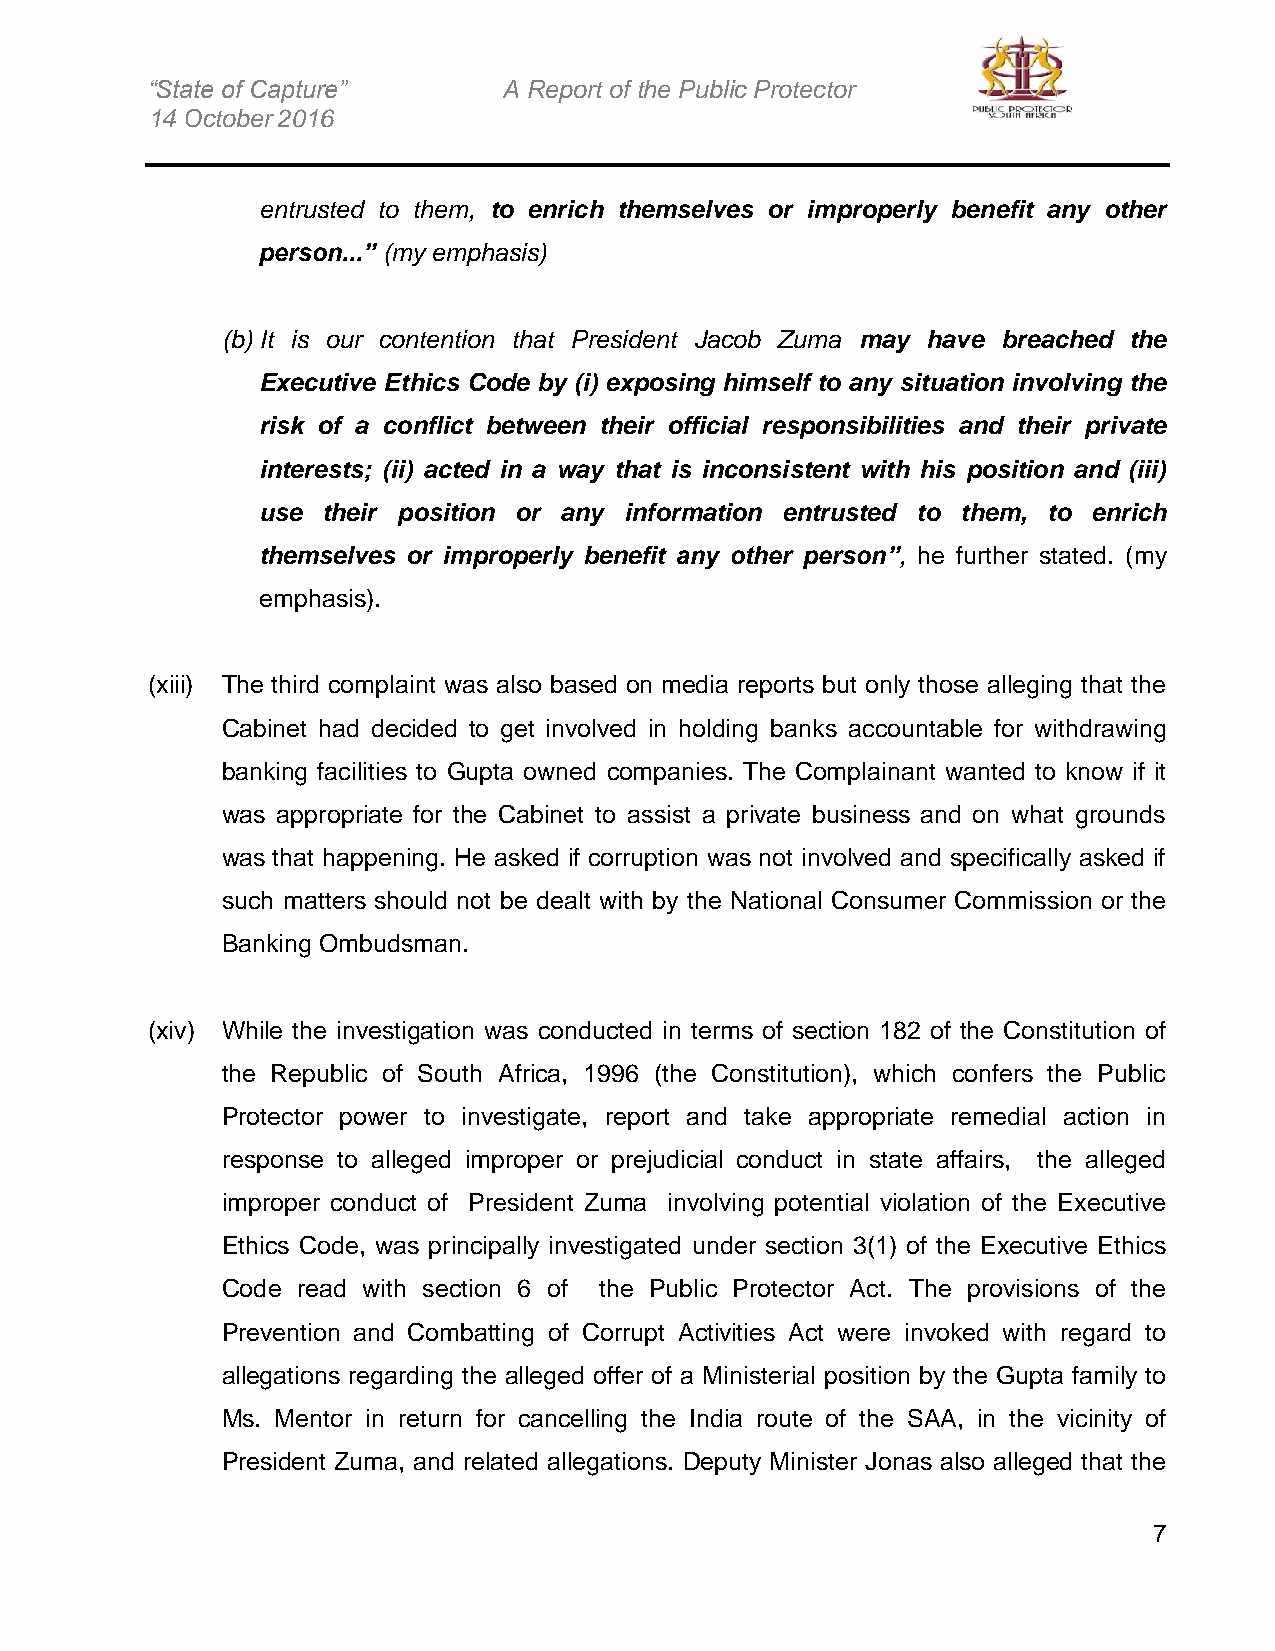
“State of Capture”     A Report of the Public Protector
 14 October 2016
 entrusted to them, to enrich themselves or improperly benefit any other
 person...” (my emphasis)
 (b) It is our contention that President Jacob Zuma may have breached the
 Executive Ethics Code by (i) exposing himself to any situation involving the
 risk of a conflict between their official responsibilities and their private
 interests; (ii) acted in a way that is inconsistent with his position and (iii)
 use their position or any information entrusted to them, to enrich
 themselves or improperly benefit any other person”, he further stated. (my
 emphasis).
 (xiii) The third complaint was also based on media reports but only those alleging that the
 Cabinet had decided to get involved in holding banks accountable for withdrawing
 banking facilities to Gupta owned companies. The Complainant wanted to know if it
 was appropriate for the Cabinet to assist a private business and on what grounds
 was that happening. He asked if corruption was not involved and specifically asked if
 such matters should not be dealt with by the National Consumer Commission or the
 Banking Ombudsman.
 (xiv) While the investigation was conducted in terms of section 182 of the Constitution of
 the Republic of South Africa, 1996 (the Constitution), which confers the Public
 Protector power to investigate, report and take appropriate remedial action in
 response to alleged improper or prejudicial conduct in state affairs, the alleged
 improper conduct of President Zuma involving potential violation of the Executive
 Ethics Code, was principally investigated under section 3(1) of the Executive Ethics
 Code read with section 6 of the Public Protector Act. The provisions of the
 Prevention and Combatting of Corrupt Activities Act were invoked with regard to
 allegations regarding the alleged offer of a Ministerial position by the Gupta family to
 Ms. Mentor in return for cancelling the India route of the SAA, in the vicinity of
 President Zuma, and related allegations. Deputy Minister Jonas also alleged that the
 7